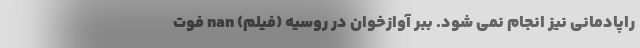
راپادمانی نیز انجام نمی شود. ببر آوازخوان در روسیه (فیلم) nan فوت